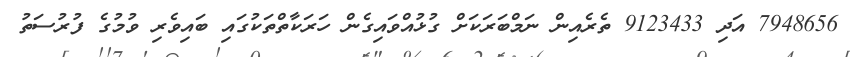
7948656 އަދި 9123433 ތެރެއިން ނަމްބަރަކަށް ގުޅުއްވައިގެން ހަރަކާތްތަކުގައި ބައިވެރި ވުމުގެ ފުރުސަތު